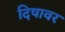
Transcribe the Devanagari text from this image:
दिषावर